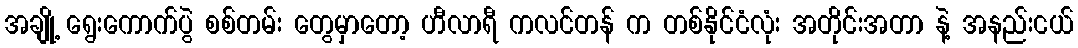
အချို့ ရွေးကောက်ပွဲ စစ်တမ်း တွေမှာတော့ ဟီလာရီ ကလင်တန် က တစ်နိုင်ငံလုံး အတိုင်းအတာ နဲ့ အနည်းငယ်